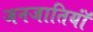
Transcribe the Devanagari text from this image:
जनजातियॉं